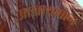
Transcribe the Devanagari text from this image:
आज्ञायमान